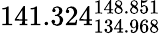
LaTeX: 141.324_{134.968}^{148.851}